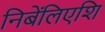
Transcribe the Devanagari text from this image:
निबेंलिएशि